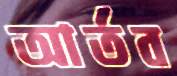
আর্তব